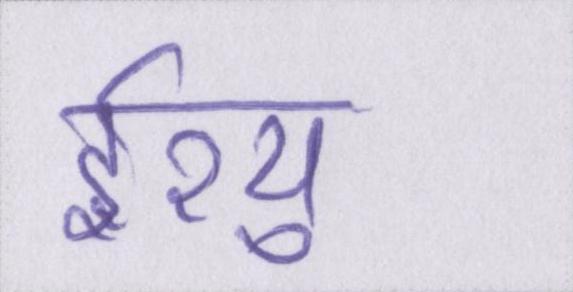
ईश्यु